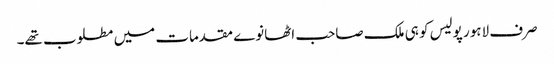
صرف لاہور پولیس کو ہی ملک صاحب اٹھانوے مقدمات میں مطلوب تھے۔